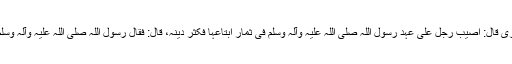
عَنْ اَبِیْ سَعِیْدٍ الْخُدْرِیِّ قَالَ: أُصِیْبَ رَجُلٌ عَلٰی عَہْدِ رَسُوْلِ اللّٰہِ ‌صلی ‌اللہ ‌علیہ ‌وآلہ ‌وسلم فِیْ ثِمَارٍ ابْتَاعَہَا فَکَثُرَ دَیْنُہُ، قَالَ: فَقَالَ رَسُوْلُ اللّٰہِ ‌صلی ‌اللہ ‌علیہ ‌وآلہ ‌وسلم : ((تَصَدَّقُوْا عَلَیْہِ۔